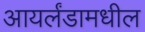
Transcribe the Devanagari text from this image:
आयर्लंडामधील